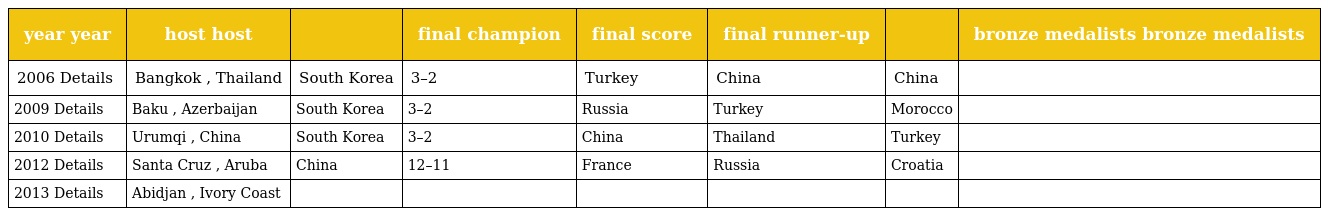
| year year | host host |  | final champion | final score | final runner-up |  | bronze medalists bronze medalists |
 | --- | --- | --- | --- | --- | --- | --- | --- |
 | 2006 Details | Bangkok , Thailand | South Korea | 3–2 | Turkey | China | China |  |
 | 2009 Details | Baku , Azerbaijan | South Korea | 3–2 | Russia | Turkey | Morocco |  |
 | 2010 Details | Urumqi , China | South Korea | 3–2 | China | Thailand | Turkey |  |
 | 2012 Details | Santa Cruz , Aruba | China | 12–11 | France | Russia | Croatia |  |
 | 2013 Details | Abidjan , Ivory Coast |  |  |  |  |  |  |